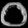
Digit: ၀